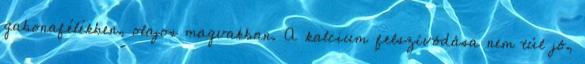
gabonafélékben, olajos magvakban. A kalcium felszívódása nem túl jó,